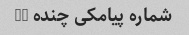
شماره پیامکی چنده ??